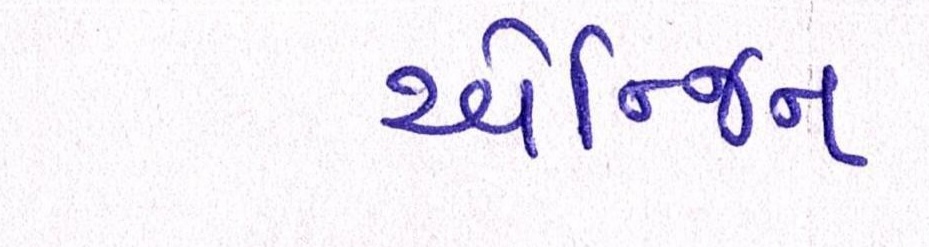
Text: એન્જિન